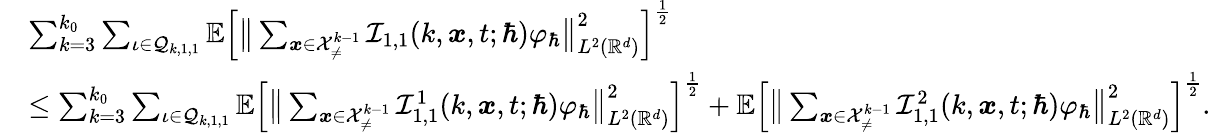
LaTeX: \begin{array}{rl}&{\sum_{k=3}^{k_{0}}\sum_{\iota\in\mathcal{Q}_{k,1,1}}\mathbb{E}\Big[\big\lVert\sum_{\boldsymbol{x}\in\mathcal{X}_{\neq}^{k-1}}\mathcal{I}_{1,1}(k,\boldsymbol{x},t;\hbar)\varphi_{\hbar}\big\rVert_{L^{2}(\mathbb{R}^{d})}^{2}\Big]^{\frac{1}{2}}}\\ &{\leq\sum_{k=3}^{k_{0}}\sum_{\iota\in\mathcal{Q}_{k,1,1}}\mathbb{E}\Big[\big\lVert\sum_{\boldsymbol{x}\in\mathcal{X}_{\neq}^{k-1}}\mathcal{I}_{1,1}^{1}(k,\boldsymbol{x},t;\hbar)\varphi_{\hbar}\big\rVert_{L^{2}(\mathbb{R}^{d})}^{2}\Big]^{\frac{1}{2}}+\mathbb{E}\Big[\big\lVert\sum_{\boldsymbol{x}\in\mathcal{X}_{\neq}^{k-1}}\mathcal{I}_{1,1}^{2}(k,\boldsymbol{x},t;\hbar)\varphi_{\hbar}\big\rVert_{L^{2}(\mathbb{R}^{d})}^{2}\Big]^{\frac{1}{2}}.}\end{array}